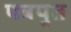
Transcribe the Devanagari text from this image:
पत्रपुत